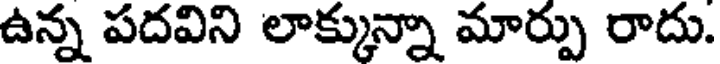
ఉన్న పదవిని లాక్కున్నా మార్పు రాదు.